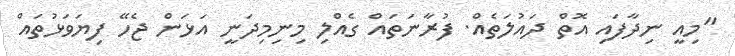
"މިއީ ނިދާފައި އޮތް ދައުލަތެއް. ފުރާނަތައް ގެއްލި މިނިމިދަނީ އަޅަން ޖެހޭ ފިޔަވަޅުތައް